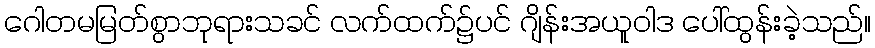
ဂေါတမမြတ်စွာဘုရားသခင် လက်ထက်၌ပင် ဂျိန်းအယူဝါဒ ပေါ်ထွန်းခဲ့သည်။